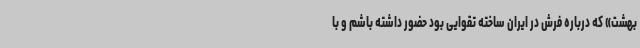
بهشت» که درباره فرش در ایران ساخته تقوایی بود حضور داشته باشم و با